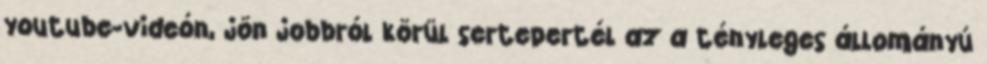
youtube-videón, jön jobbról körül sertepertél az a tényleges állományú